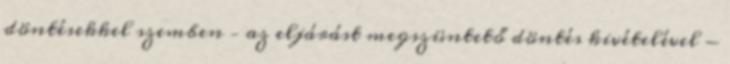
döntésekkel szemben – az eljárást megszüntető döntés kivételével -